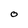
Character: O